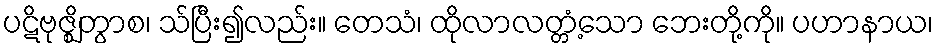
ပဋိဗုဇ္ဈိတွာစ၊ သ်ပြီး၍လည်း။ တေသံ၊ ထိုလာလတ္တံ့သော ဘေးတို့ကို။ ပဟာနာယ၊